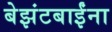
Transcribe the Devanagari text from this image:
बेझंटबाईंना